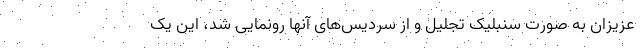
عزیزان به صورت سنبلیک تجلیل و از سردیس‌های آنها رونمایی شد، این یک